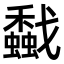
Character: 𢨡